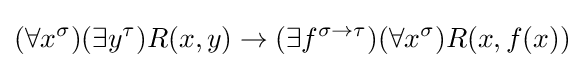
(\forall x^{\sigma })(\exists y^{\tau })R(x,y)\to (\exists f^{\sigma \to \tau })(\forall x^{\sigma })R(x,f(x))